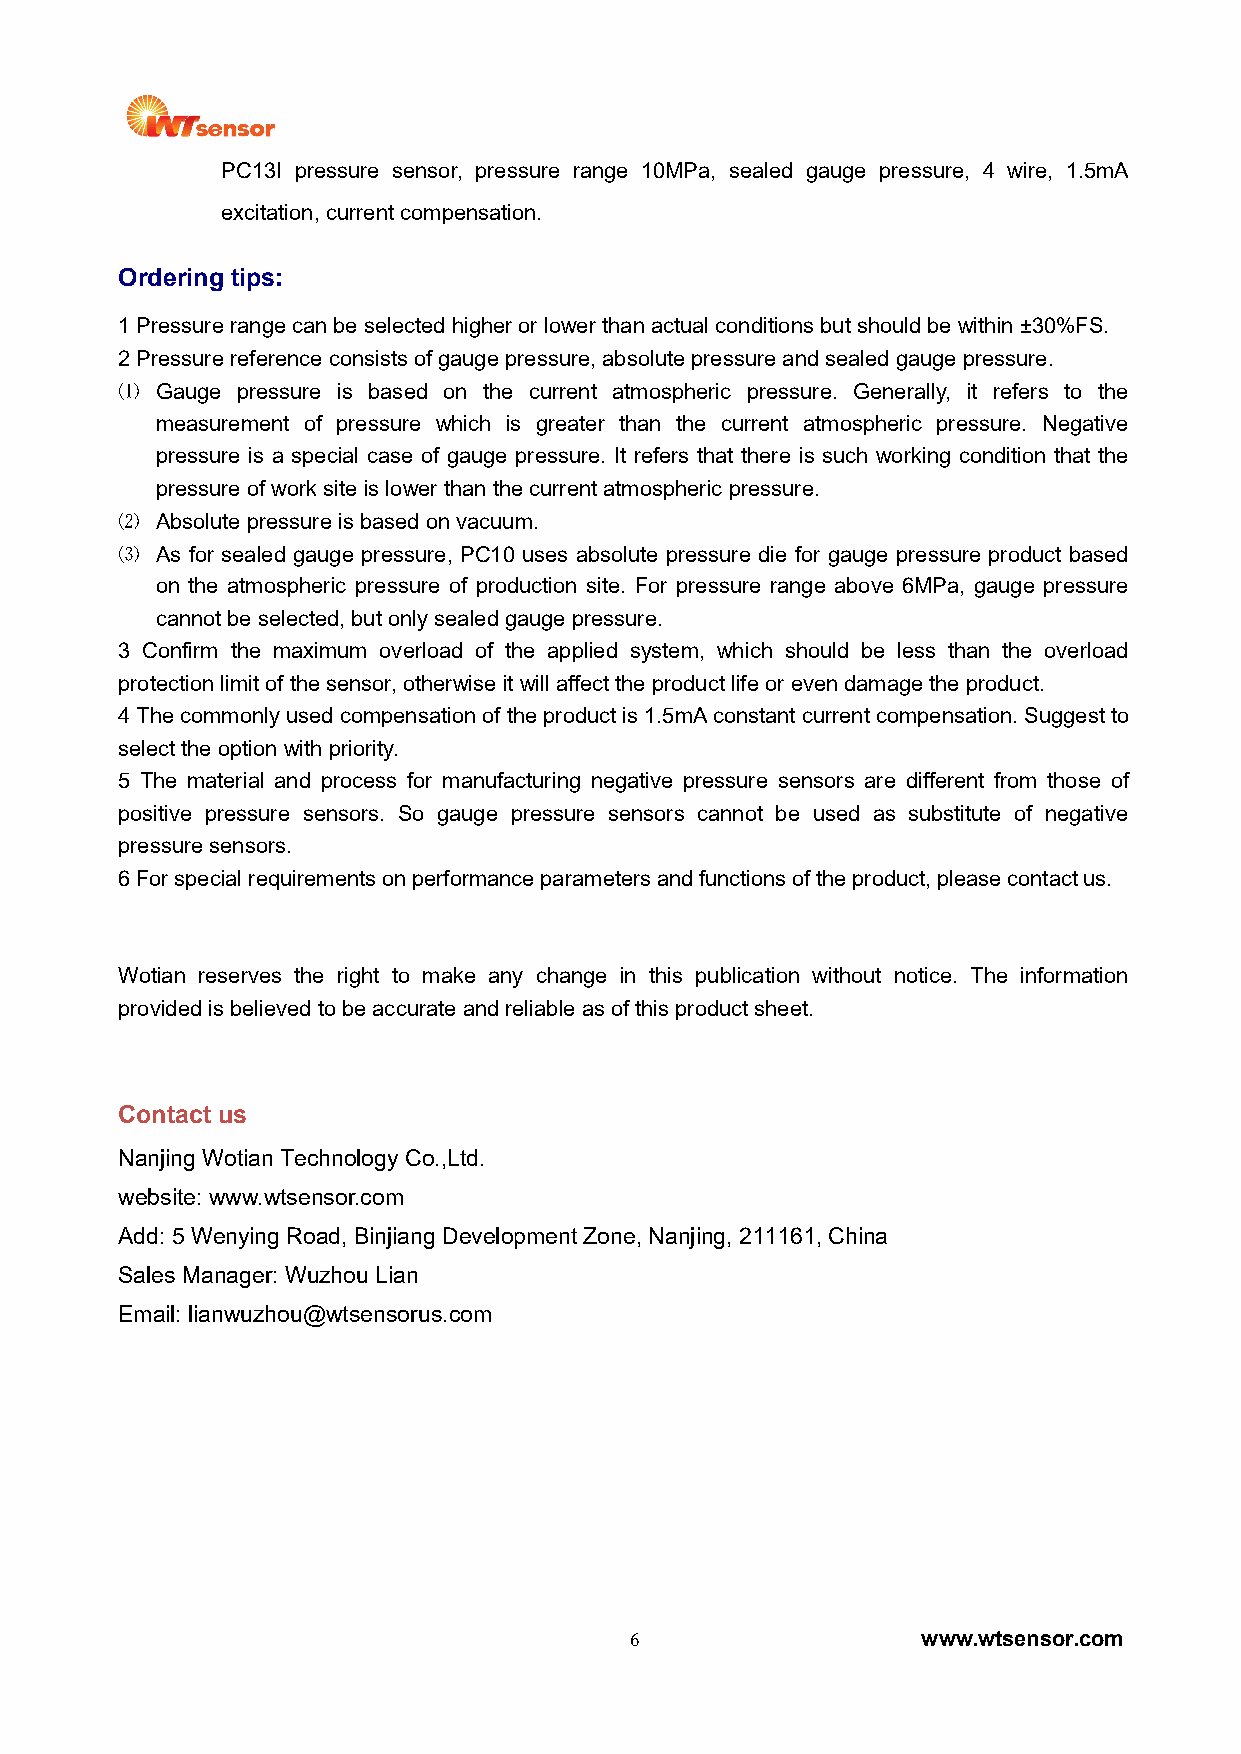
PC13I pressure sensor, pressure range 10MPa, sealed gauge pressure, 4 wire, 1.5mA
 excitation,currentcompensation.
 Ordering tips:
 1Pressure range canbe selectedhigheror lower than actualconditions butshould be within ±30%FS.
 2Pressure reference consistsofgauge pressure,absolutepressure andsealedgauge pressure.
 ⑴ Gauge pressure is based on the current atmospheric pressure. Generally, it refers to the
 measurement of pressure which is greater than the current atmospheric pressure. Negative
 pressure is a special case of gauge pressure. It refers that there is such working condition that the
 pressure ofwork site islower thanthe currentatmospheric pressure.
 ⑵ Absolute pressure isbased on vacuum.
 ⑶ As for sealed gauge pressure, PC10 uses absolute pressure die for gauge pressure product based
 on the atmospheric pressure of production site. For pressure range above 6MPa, gauge pressure
 cannotbe selected,butonly sealedgauge pressure.
 3 Confirm the maximum overload of the applied system, which should be less than the overload
 protection limitofthe sensor,otherwise itwillaffectthe productlifeor evendamage the product.
 4The commonly used compensationof the productis 1.5mAconstant current compensation.Suggestto
 selectthe option with priority.
 5 The material and process for manufacturing negative pressure sensors are different from those of
 positive pressure sensors. So gauge pressure sensors cannot be used as substitute of negative
 pressure sensors.
 6Forspecialrequirementsonperformanceparametersandfunctionsoftheproduct,pleasecontactus.
 Wotian reserves the right to make any change in this publication without notice. The information
 provided is believed tobe accurate andreliableas of this productsheet.
 Contact us
 Nanjing WotianTechnologyCo.,Ltd.
 website: www.wtsensor.com
 Add: 5 Wenying Road, Binjiang DevelopmentZone, Nanjing, 211161, China
 Sales Manager: Wuzhou Lian
 Email: lianwuzhou@wtsensorus.com
 6                  www.wtsensor.com